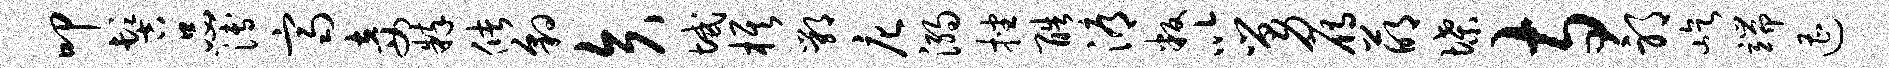
叩髻品簿齐妾粹储豹矢域旗鄂庀溺挫酷溽叛以舅雁萌堞寺邪屹端遭